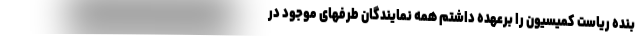
بنده ریاست کمیسیون را برعهده داشتم همه نمایندگان طرفهای موجود در